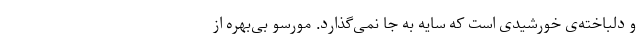
و دلباخته‌ی خورشیدی است که سایه به جا نمی‌گذارد. مورسو بی‌بهره از